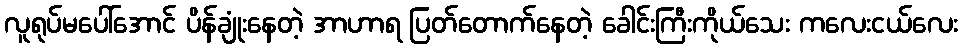
လူရုပ်မပေါ်အောင် ပိန်ချုံးနေတဲ့ အာဟာရ ပြတ်တောက်နေတဲ့ ခေါင်းကြီးကိုယ်သေး ကလေးငယ်လေး